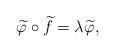
LaTeX: \begin{align*}\widetilde{\varphi}\circ\widetilde{f}=\lambda\widetilde{\varphi},\end{align*}